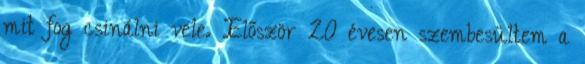
mit fog csinálni vele. Először 20 évesen szembesültem a